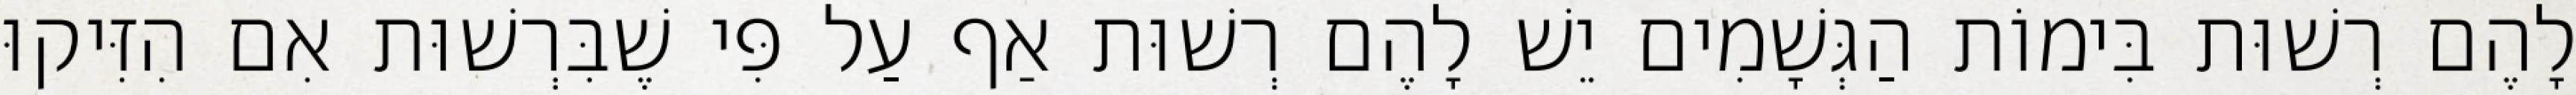
לָהֶם רְשׁוּת בִּימוֹת הַגְּשָׁמִים יֵשׁ לָהֶם רְשׁוּת אַף עַל פִּי שֶׁבִּרְשׁוּת אִם הִזִּיקוּ